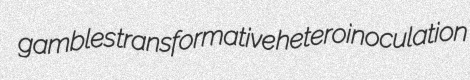
gambles transformative heteroinoculation